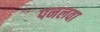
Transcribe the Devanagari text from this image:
पनलवा